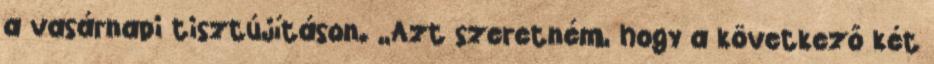
a vasárnapi tisztújításon. „Azt szeretném, hogy a következő két